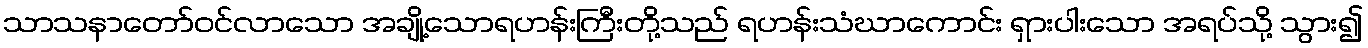
သာသနာတော်ဝင်လာသော အချို့သောရဟန်းကြီးတို့သည် ရဟန်းသံဃာကောင်း ရှားပါးသော အရပ်သို့ သွား၍